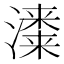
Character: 𱩣